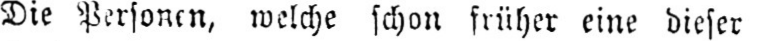
Die Personen, welche schon früher eine dieser